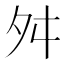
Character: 舛